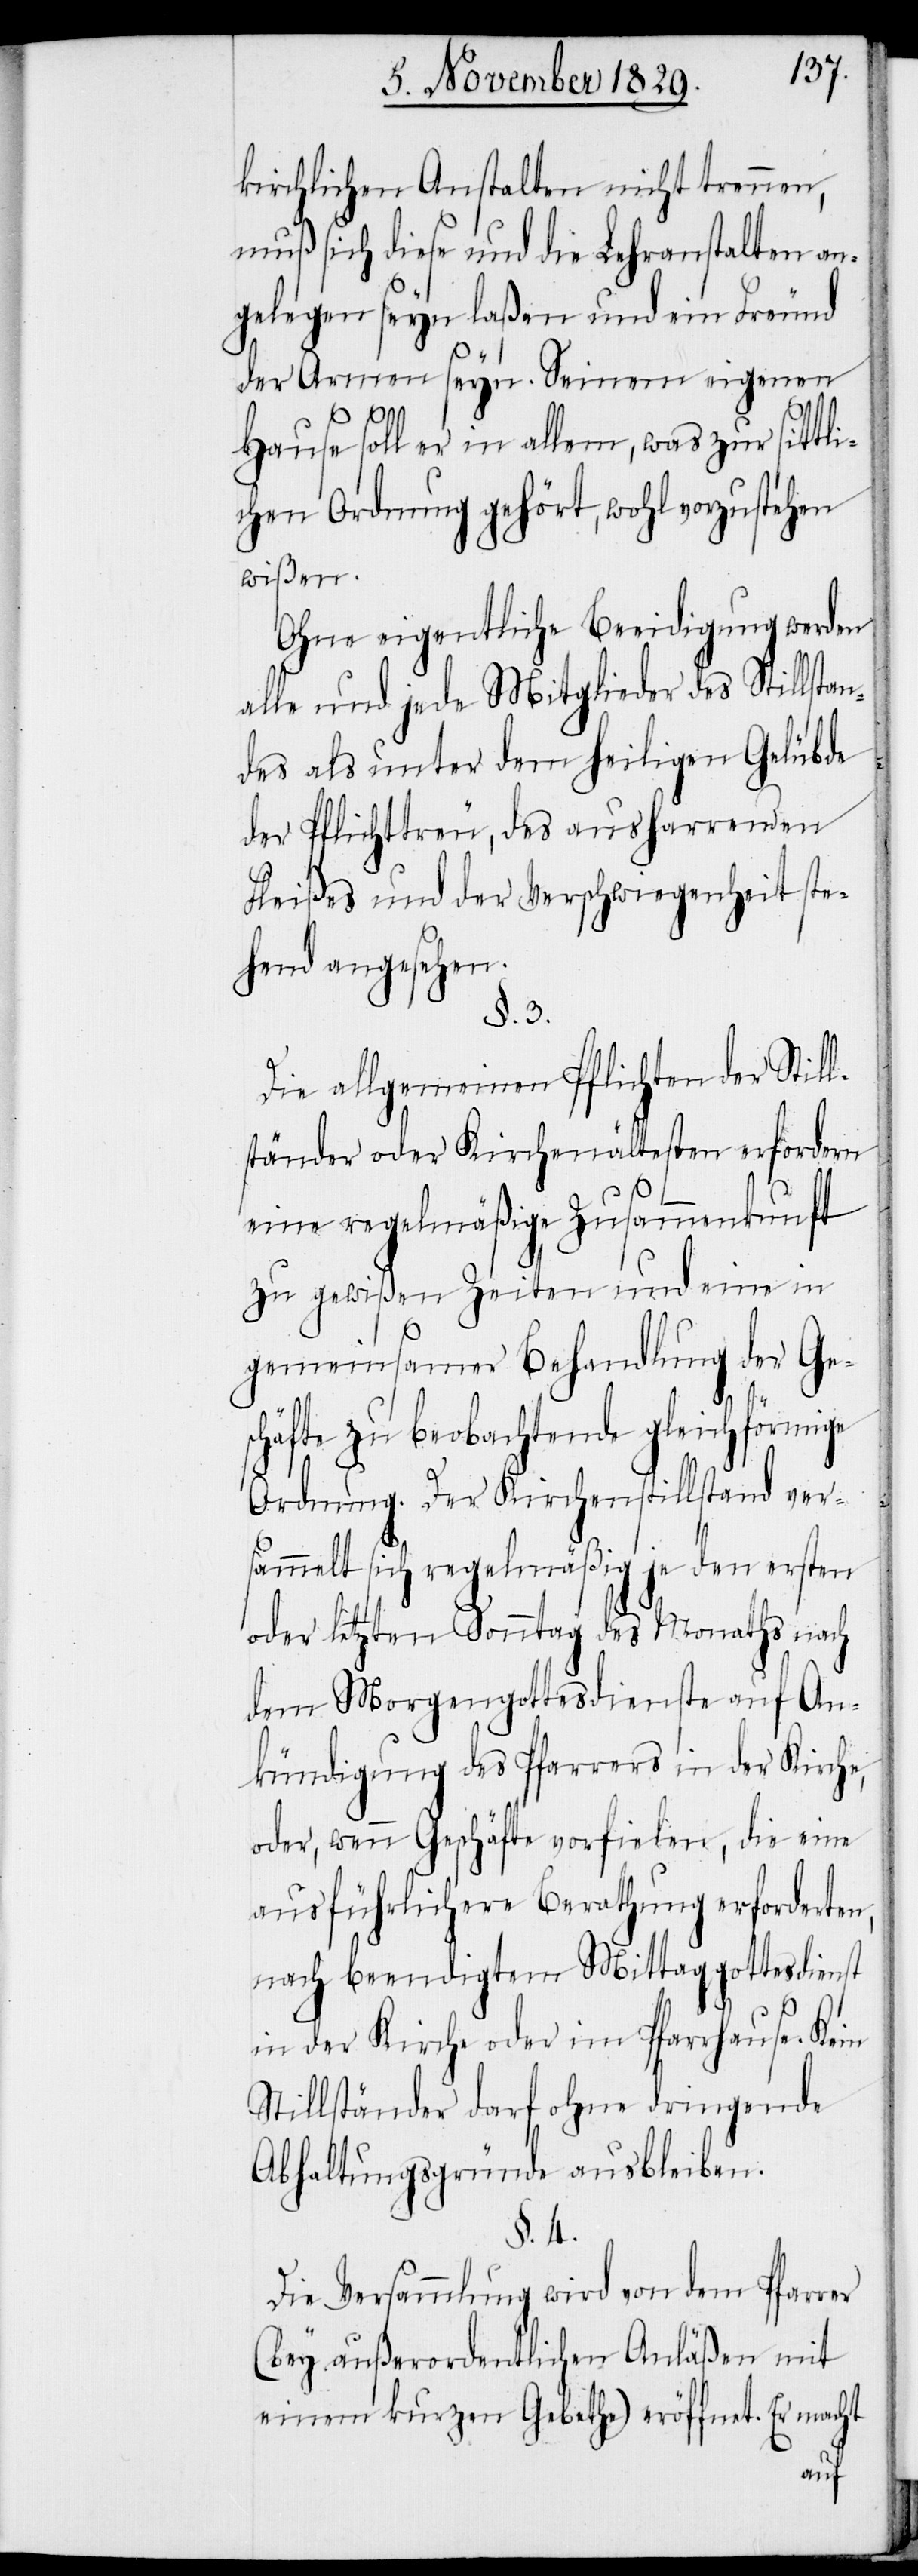
kirchlichen Anstalten nicht trennen,
muß sich diese und die Lehranstalten an¬
gelegen seyn laßen und ein Freund
der Armen seyn. Seinem eigenen
Hause soll er in allem, was zur sittli¬
chen Ordnung gehört, wohl vorzustehen
wißen.
Ohne eigentliche Beeidigung werden
alle und jede Mitglieder des Stillstan¬
des als unter dem heiligen Gelübde
der Pflichttreu, des ausharrenden
Fleißes und der Verschwiegenheit ste¬
hend angesehen.
§. 3.
Die allgemeinen Pflichten der Still¬
ständer oder Kirchenältesten erfordern
eine regelmäßige Zusammenkunft
zu gewißen Zeiten und eine in
gemeinsamer Behandlung der Ge¬
schäfte zu beobachtende gleichförmige
Ordnung. Der Kirchenstillstand ver¬
sammelt sich regelmäßig je den ersten
oder letzten Sonntag des Monaths nach
dem Morgengottesdienste auf An¬
kündigung des Pfarrers in der Kirche,
oder, wenn Geschäfte vorfielen, die eine
ausführlichere Berathung erforderten;
nach beendigtem Mittaggottesdienst
in der Kirche oder im Pfarrhause. Kein
Stillständer darf ohne dringende
Abhaltungsgründe ausbleiben.
§. 4.
Die Versammlung wird von dem Pfarrer
(bey außerordentlichen Anläßen mit
einem kurzen Gebethe) eröffnet. Er macht